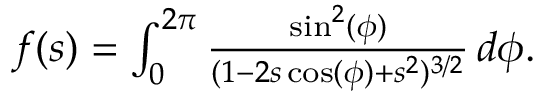
\begin{array} { r } { f ( s ) = \int _ { 0 } ^ { 2 \pi } \frac { \sin ^ { 2 } ( \phi ) } { ( 1 - 2 s \cos ( \phi ) + s ^ { 2 } ) ^ { 3 / 2 } } \, d \phi . } \end{array}